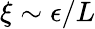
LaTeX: \xi\sim\epsilon/L